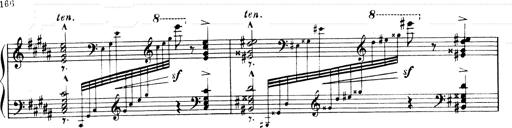
Title: Andante Finale und Marsch aus der Oper KÃ¶nig Alfred
Composer: Franz Liszt